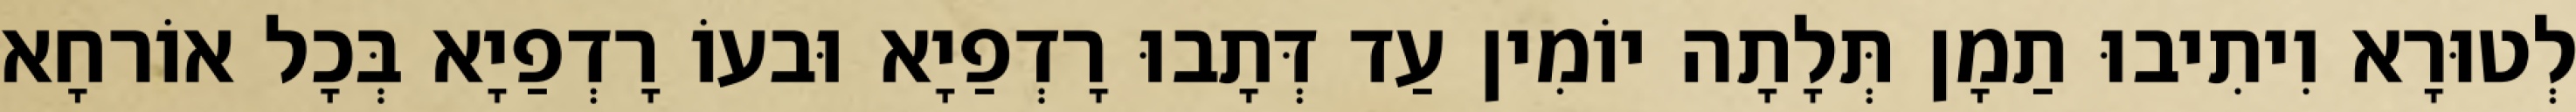
לְטוּרָא וִיתִיבוּ תַמָן תְּלָתָה יוֹמִין עַד דְּתָבוּ רָדְפַיָא וּבעוֹ רָדְפַיָא בְּכָל אוֹרחָא